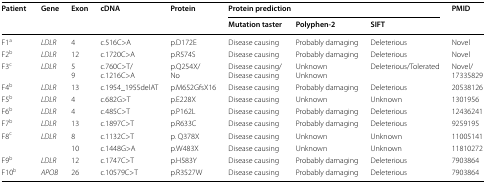
<table><thead><tr><td rowspan="2"><b>Patient</b></td><td rowspan="2"><b>Gene</b></td><td rowspan="2"><b>Exon</b></td><td rowspan="2"><b>cDNA</b></td><td rowspan="2"><b>Protein</b></td><td colspan="3"><b>Protein prediction</b></td><td rowspan="2"><b>PMID</b></td></tr><tr><td><b>Mutation taster</b></td><td><b>Polyphen-2</b></td><td><b>SIFT</b></td></tr></thead><tbody><tr><td>F1<sup>a</sup></td><td><i>LDLR</i></td><td>4</td><td>c.516C&gt;A</td><td>p.D172E</td><td>Disease causing</td><td>Probably damaging</td><td>Deleterious</td><td>Novel</td></tr><tr><td>F2<sup>b</sup></td><td><i>LDLR</i></td><td>12</td><td>c.1720C&gt;A</td><td>p.R574S</td><td>Disease causing</td><td>Probably damaging</td><td>Deleterious</td><td>Novel</td></tr><tr><td>F3<sup>c</sup></td><td><i>LDLR</i></td><td>59</td><td>c.760C&gt;T/c.1216C&gt;A</td><td>p.Q254X/No</td><td>Disease causing/Disease causing</td><td>UnknownUnknown</td><td>Deleterious/Tolerated</td><td>Novel/17335829</td></tr><tr><td>F4<sup>b</sup></td><td><i>LDLR</i></td><td>13</td><td>c.1954_1955delAT</td><td>p.M652GfsX16</td><td>Disease causing</td><td>Probably damaging</td><td>Deleterious</td><td>20538126</td></tr><tr><td>F5<sup>b</sup></td><td><i>LDLR</i></td><td>4</td><td>c.682G&gt;T</td><td>p.E228X</td><td>Disease causing</td><td>Unknown</td><td>Unknown</td><td>1301956</td></tr><tr><td>F6<sup>b</sup></td><td><i>LDLR</i></td><td>4</td><td>c.485C&gt;T</td><td>p.P162L</td><td>Disease causing</td><td>Probably damaging</td><td>Deleterious</td><td>12436241</td></tr><tr><td>F7<sup>b</sup></td><td><i>LDLR</i></td><td>13</td><td>c.1897C&gt;T</td><td>p.R633C</td><td>Disease causing</td><td>Probably damaging</td><td>Deleterious</td><td>9259195</td></tr><tr><td>F8<sup>c</sup></td><td><i>LDLR</i></td><td>8</td><td>c.1132C&gt;T</td><td>p. Q378X</td><td>Disease causing</td><td>Unknown</td><td>Unknown</td><td>11005141</td></tr><tr><td></td><td></td><td>10</td><td>c.1448G&gt;A</td><td>p.W483X</td><td>Disease causing</td><td>Unknown</td><td>Unknown</td><td>11810272</td></tr><tr><td>F9<sup>b</sup></td><td><i>LDLR</i></td><td>12</td><td>c.1747C&gt;T</td><td>p.H583Y</td><td>Disease causing</td><td>Probably damaging</td><td>Deleterious</td><td>7903864</td></tr><tr><td>F10<sup>b</sup></td><td><i>APOB</i></td><td>26</td><td>c.10579C&gt;T</td><td>p.R3527W</td><td>Disease causing</td><td>Probably damaging</td><td>Deleterious</td><td>7903864</td></tr></tbody></table>